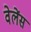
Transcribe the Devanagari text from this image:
वेलेंस